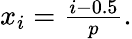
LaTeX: \begin{array}{r}{x_{i}=\frac{i-0.5}{p}.}\end{array}